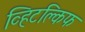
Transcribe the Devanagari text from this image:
व्हिटक्लिफ